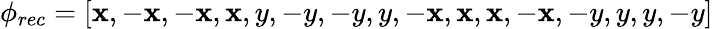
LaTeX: \phi_{rec}=[\mathbf{x},-\mathbf{x},-\mathbf{x},\mathbf{x},y,-y,-y,y,-\mathbf{x},\mathbf{x},\mathbf{x},-\mathbf{x},-y,y,y,-y]